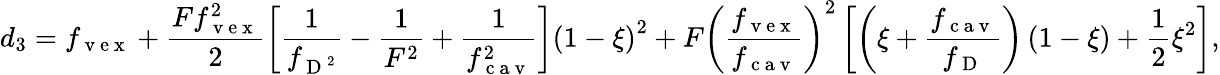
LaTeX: d_{3}=f_{\mathrm{~v~e~x~}}+\frac{Ff_{\mathrm{~v~e~x~}}^{2}}{2}\left[\frac{1}{f_{\mathrm{~D~}^{2}}}-\frac{1}{F^{2}}+\frac{1}{f_{\mathrm{~c~a~v~}}^{2}}\right]\left(1-\xi\right)^{2}+F\left(\frac{f_{\mathrm{~v~e~x~}}}{f_{\mathrm{~c~a~v~}}}\right)^{2}\left[\left(\xi+\frac{f_{\mathrm{~c~a~v~}}}{f_{\mathrm{~D~}}}\right)\left(1-\xi\right)+\frac{1}{2}\xi^{2}\right],